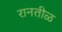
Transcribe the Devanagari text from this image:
रानतीळ